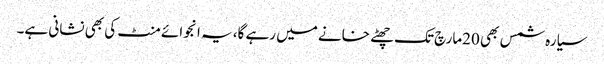
سیارہ شمس بھی 20مارچ تک چھٹے خانے میں رہے گا، یہ انجوائے منٹ کی بھی نشانی ہے۔